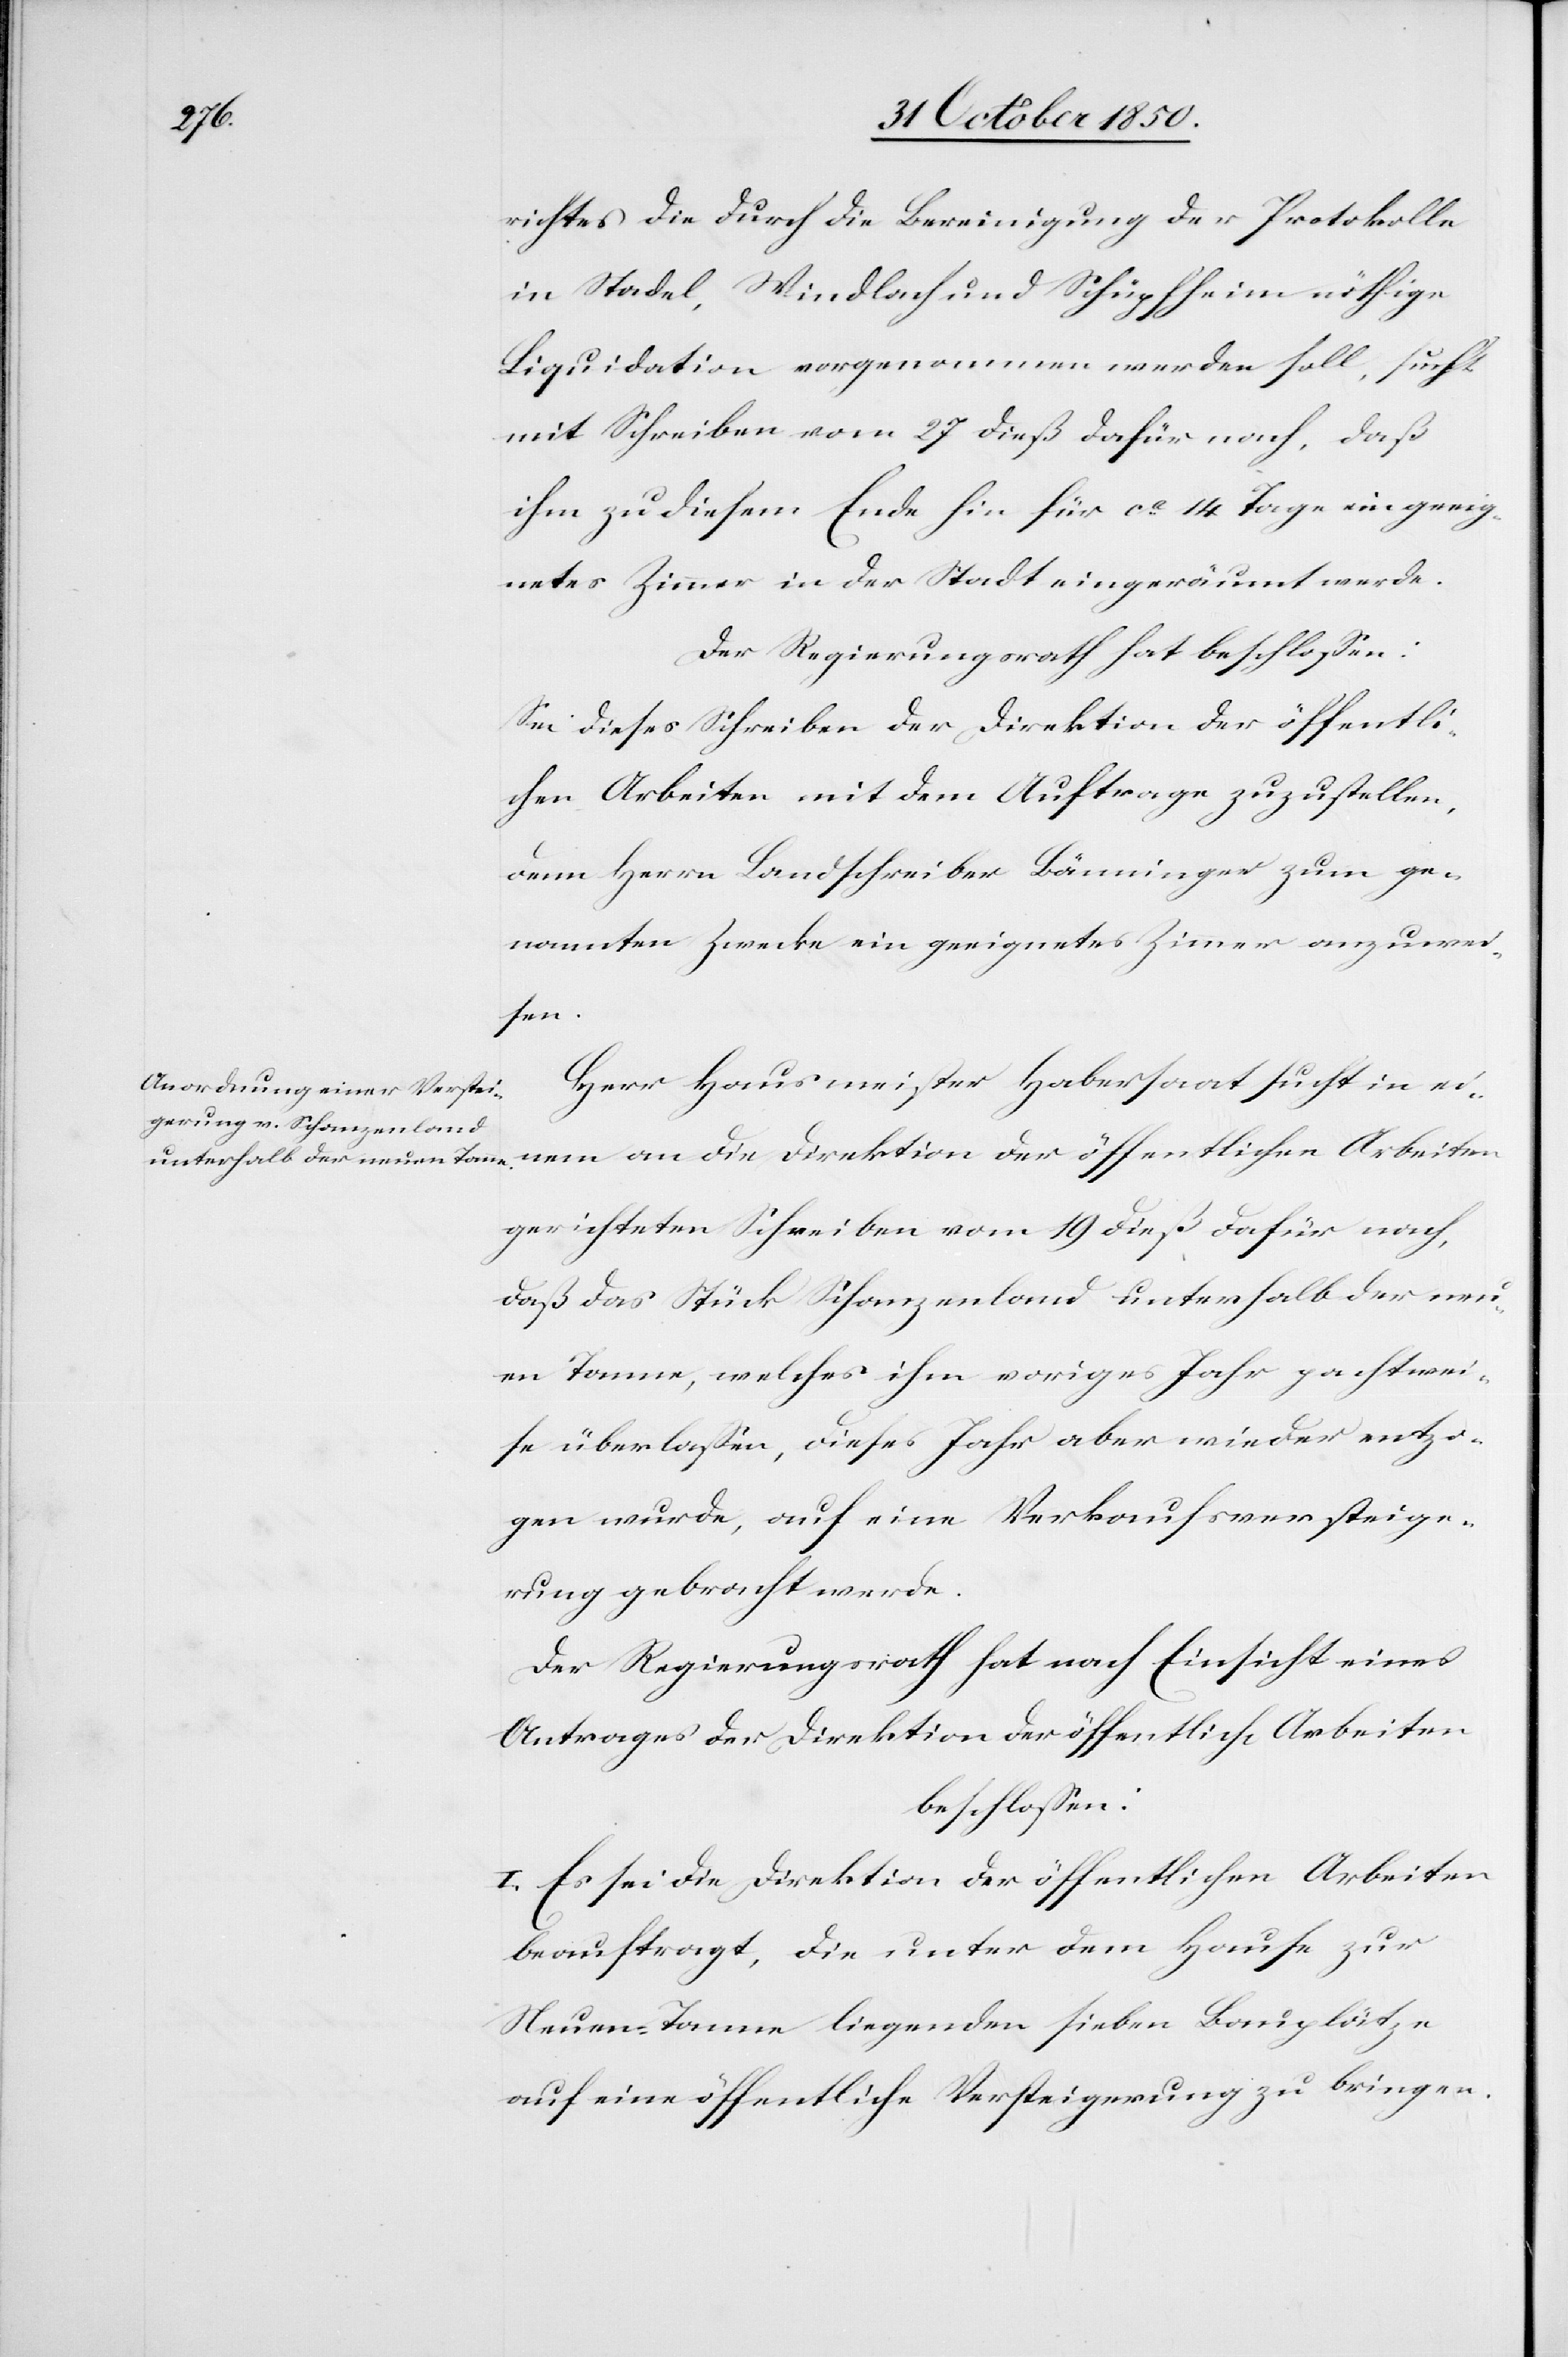
richtes die durch die Bereinigung der Protokolle
in Stadel, Windlach und Schüpfheim nöthige
Liquidation vorgenommen werden soll, sucht
mit Schreiben vom 27 dieß dafür nach, daß
ihm zu diesem Ende hin für ca 14 Tage ein geeig¬
netes Zimmer in der Stadt eingeräumt werde.
Der Regierungsrath hat beschlossen:
Sei dieses Schreiben der Direktion der öffentli¬
chen Arbeiten mit dem Auftrage zuzustellen,
dem] Herrn Landschreiber Bänninger zum ge¬
nannten Zwecke ein geeignetes Zimmer anzuwei¬
sen.
Herr Hausmeister Habersaat sucht in ei¬
nem an die Direktion der öffentlichen Arbeiten
gerichteten Schreiben vom 19 dieß dafür nach,
daß das Stück Schanzenland unterhalb der neu¬
en Tanne, welches ihm voriges Jahr pachtwei¬
se überlassen, dieses Jahr aber wieder entzo¬
gen wurde auf eine Verkaufsversteige¬
rung gebracht werde.
Der Regierungsrath hat nach Einsicht eines
Antrages der Direktion der öffentlichen Arbeiten
beschlossen:
I. Es sei die Direktion der öffentlichen Arbeiten
beauftragt, die unter dem Hause zur
Neuen-Tanne liegenden sieben Bauplätze
auf eine öffentliche Versteigerung zu bringen.